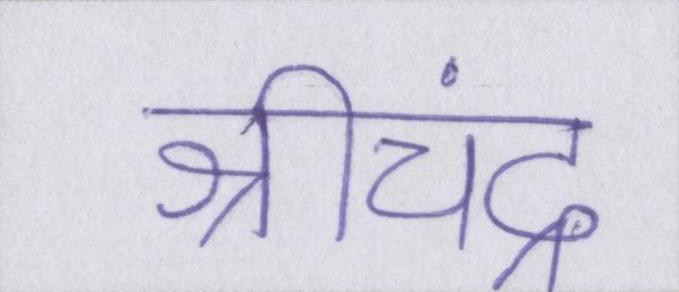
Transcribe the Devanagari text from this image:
श्रीचंद्र